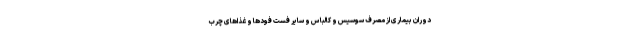
دوران بیماری از مصرف سوسیس و کالباس و سایر فست فودها و غذاهای چرب